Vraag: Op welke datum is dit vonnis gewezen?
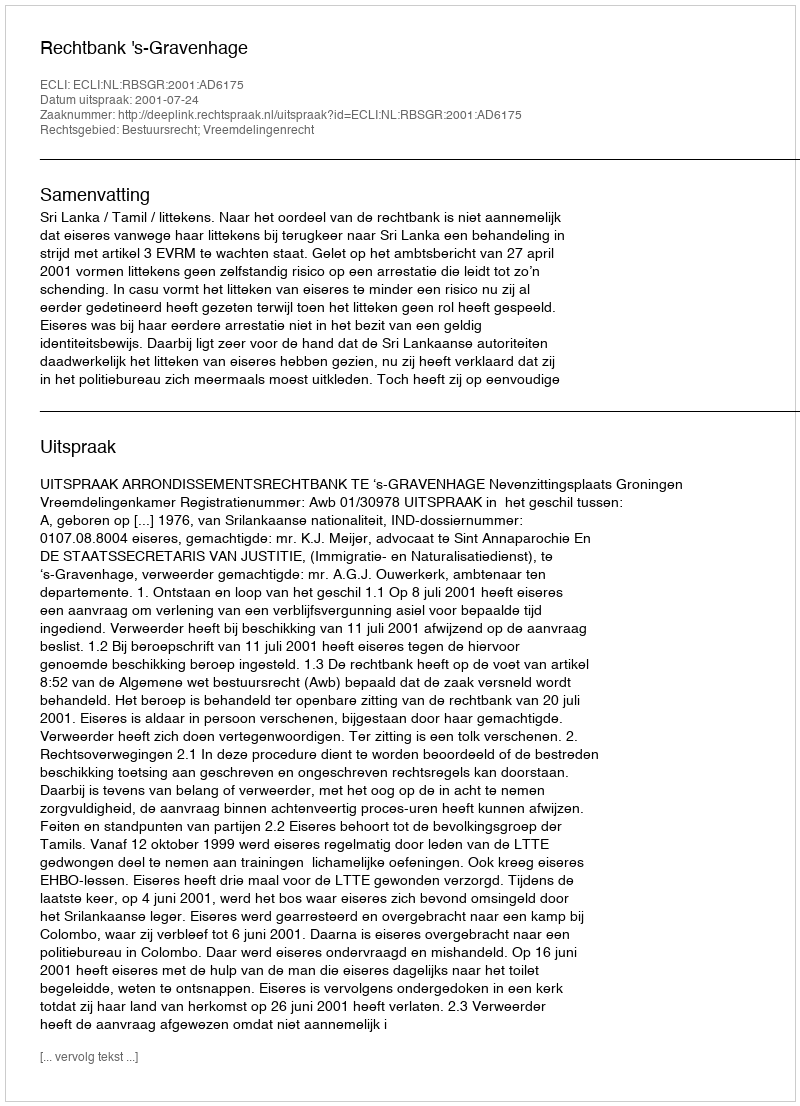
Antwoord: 2001-07-24